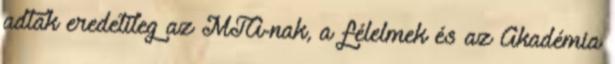
adtak eredetileg az MTA-nak, a félelmek és az Akadémia